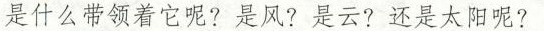
是什么带领着它呢?是风?是云?还是太阳呢?